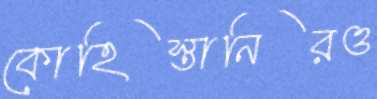
কোহিস্তানিরও